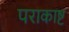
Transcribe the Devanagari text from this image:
पराकाष्ट